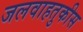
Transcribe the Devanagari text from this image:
जलवाहतुकीस